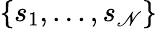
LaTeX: \{ s_{1},...,s_{\mathscr{N}}\}